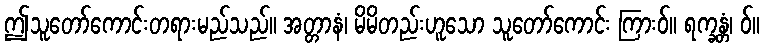
ဤသူတော်ကောင်းတရားမည်သည်။ အတ္တာနံ၊ မိမိတည်းဟူသော သူတော်ကောင်း ကြားဝ်။ ရက္ခန္တံ၊ ဝ်။